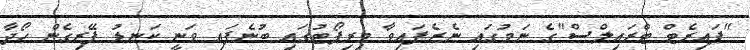
"ޕައިރެޓް ޓްރައިލްސް"ގެ ނަމުގައި ނެރެފައިވާ މިރިޕޯޓުގައި ބުނެފައި ވަނީ ކަނޑު ފޭރިގެން ހޯދާ